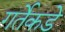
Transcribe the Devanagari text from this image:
गर्तेकडे